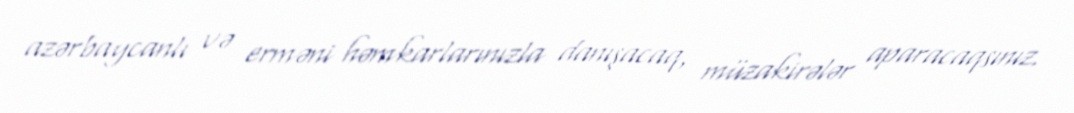
azərbaycanlı və erməni həmkarlarınızla danışacaq, müzakirələr aparacaqsınız.